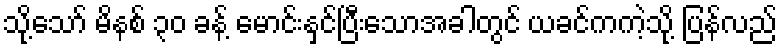
သို့သော် မိနစ် ၃၀ ခန့် မောင်းနှင်ပြီးသောအခါတွင် ယခင်ကကဲ့သို့ ပြန်လည်